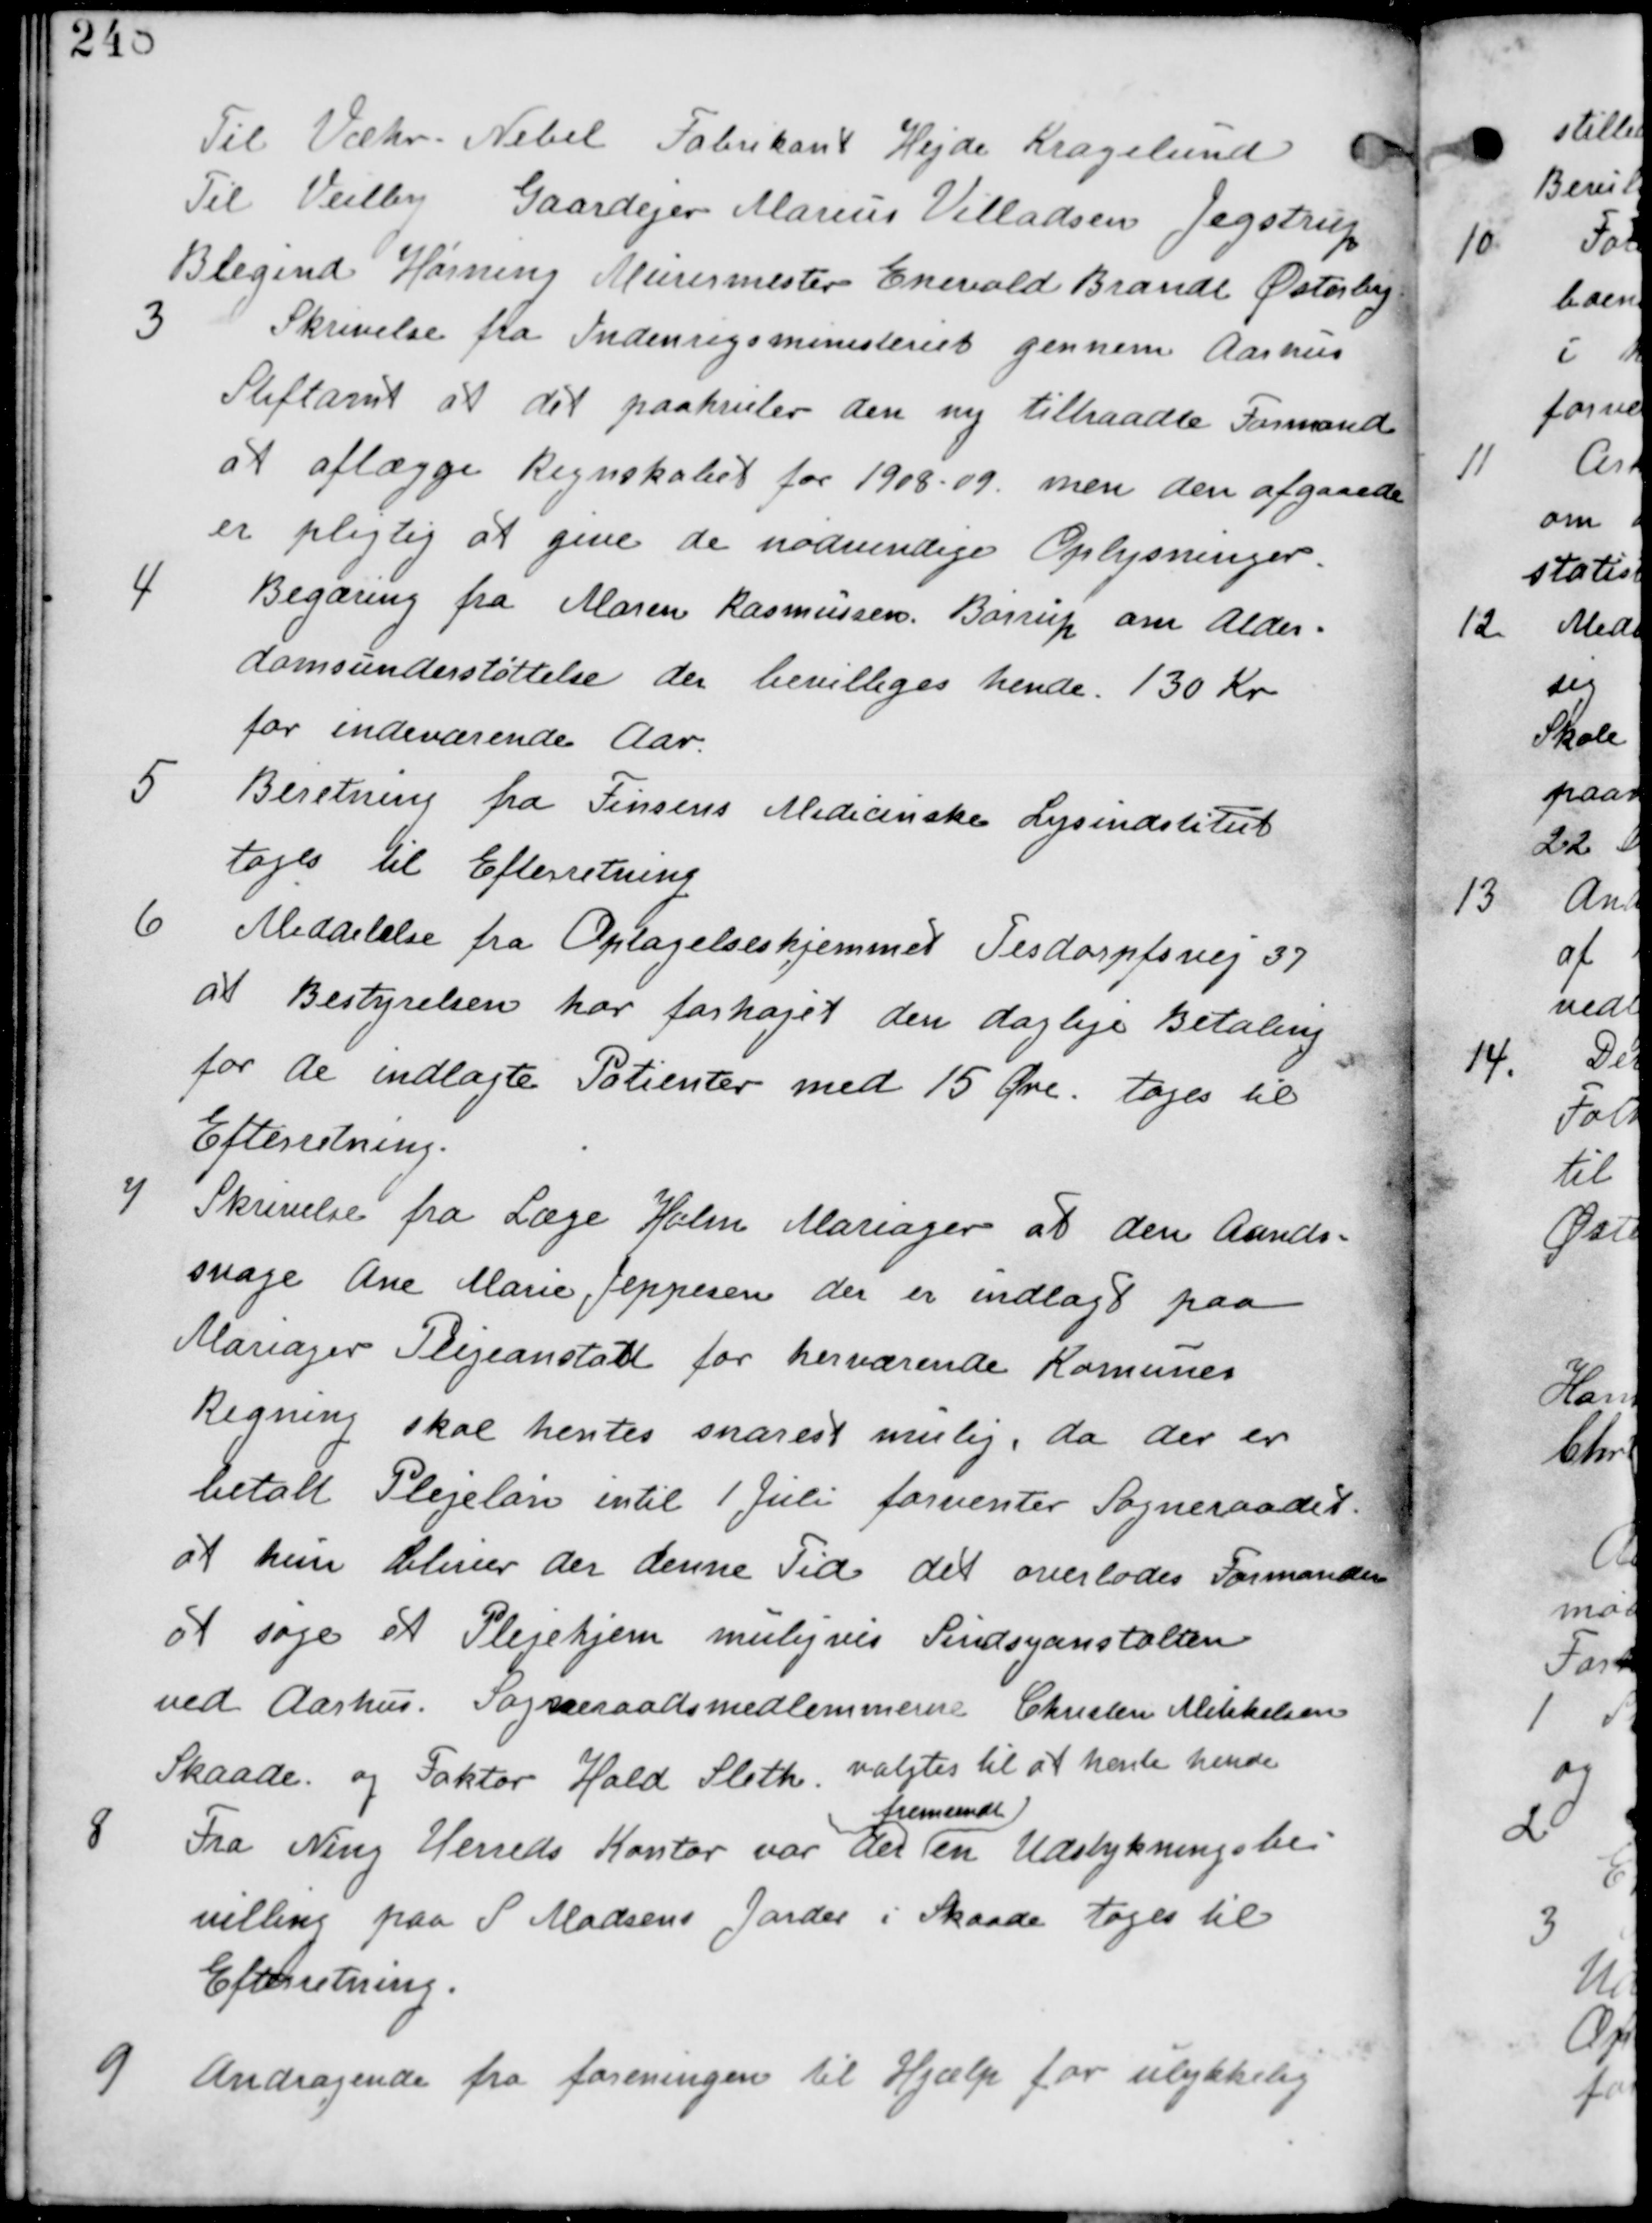
Transskription:
Til Vester - Nebel Fabrikant Hejde Kragelund
Til Veilby Gaardejer Marius Villadsen Jegstrup
Blegind Hørning Murermester Enevold Brande Østerby

3
Skrivelse fra Indenrigsministeriet gennem Aarhus
Stilftamt at det paahviler den ny tiltraadte Formand
at aflægge Regnskabet for 1908-09 men den afgaaede
er pligtig at give de nødvendige Oplysninger.

4
Begæring fra Maren Rasmussen, Børrup om Alder-
domsunderstøttelse der bevilliges hende 130 Kr
for indeværende Aar.

5
Beretning fra Finsens Medicinske Lysinstitut
tages til Efterretning

6
Meddelelse fra Optagelseshjemmet Tesdorfvej 37
at Bestyrelsen har forhøjet den daglige Betaling
for de indlagte Patienter med 15 Øre. tages til
Efterretning

7
Skrivelse fra Læge Holm Mariager at den Aands
svage Ane Marie Jeppesen der er indlagt paa
Mariager Plejeanstalt for herværende Kommunes
Regning skal hentes snarest muligt, da der er
betalt indtil 1 Juli forventer Sogneraadet
at hun bliver der denne Tid det overlades Formanden
at søge et Plejehjem muligvis Sindsyanstalten
ved Aarhus. Sogneraadsmedlemmerne Christen Mikkelsen
Skaade og Faktor Hald Sleth valgtes til at hente hende

8
Fra Ning Herreds Kontor var der
fremsendt
en Udstykningsbe
villing paa S Madsens Jorder i Skaade tages til
Efterretning

9
Andragende fra foreningen til Hjælp for ulykkelig